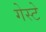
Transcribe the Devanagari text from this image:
गेस्टे